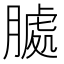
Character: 𮌶